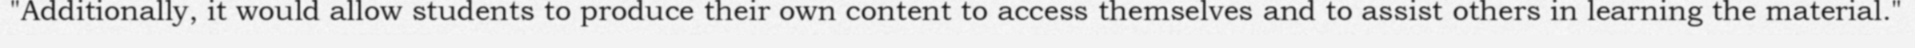
"Additionally, it would allow students to produce their own content to access themselves and to assist others in learning the material."